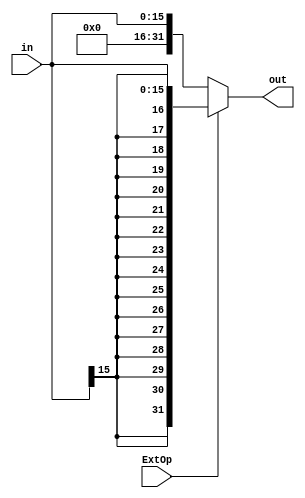

module extend(
    input [15:0] in,
    input ExtOp,
    output reg[31:0] out
    );
	
	always@(in or ExtOp)begin
		if(ExtOp == 1) out = {{16{in[15]}},in[15:0]};
		else out = {{16{1'b0}},in[15:0]};
	end

endmodule